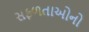
સફળતાઓનો